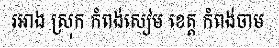
រអាង ស្រុក កំពង់សៀម ខេត្ត កំពង់ចាម